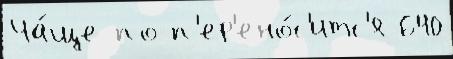
Ча́ще по п'ер'ено́с'итс'я 640